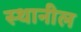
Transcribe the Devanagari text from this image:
स्थानील